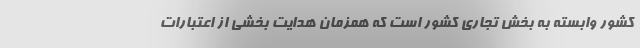
کشور وابسته به بخش تجاری کشور است که همزمان هدایت بخشی از اعتبارات